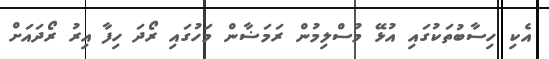
އެކި ހިސާބުތަކުގައި އުޅޭ މުސްލިމުން ރަމަޟާން މަހުގައި ރޯދަ ހިފާ އިރު ރޯދައަށް